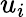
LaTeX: u_{i}